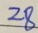
2 8